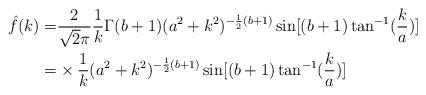
LaTeX: \begin{align*}\hat f(k) =&\frac{2}{\sqrt2\pi}\frac{1}{k} \Gamma(b +1)(a^2+k^2)^{-\frac{1}{2}(b+1)} \sin[(b+1)\tan^{-1}(\frac{k}{a})]\\=&\times\frac{1}{k} (a^2+k^2)^{-\frac{1}{2}(b+1)} \sin[(b+1)\tan^{-1}(\frac{k}{a})]\end{align*}